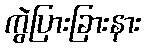
ကွဲပြားခြားနား